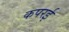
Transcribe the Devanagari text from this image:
कपरई